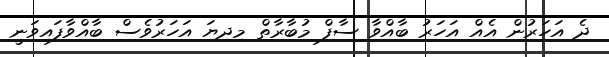
ދެ އަހަރުން އެއް އަހަރު ބާއްވާ ސާފް މުބާރާތް މިދިޔަ އަހަރުވެސް ބާއްވާފައިވަނީ